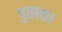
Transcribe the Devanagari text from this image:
पुतला।